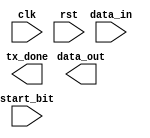
module uart_controller (
    input wire clk,
    input wire rst,
    input wire start_bit,
    input wire [7:0] data_in,
    output wire [7:0] data_out,
    output wire tx_done
);

// FIFO buffer for storing data packets
reg [7:0] fifo [0:7];
reg wr_ptr = 0;
reg rd_ptr = 0;

always @(posedge clk) begin
    if (rst) begin
        wr_ptr <= 0;
        rd_ptr <= 0;
    end else begin
        if (start_bit && wr_ptr !== rd_ptr + 1) begin
            fifo[wr_ptr] <= data_in;
            wr_ptr <= wr_ptr + 1;
        end
    end
end

// Baud rate generator for clock frequency
reg [11:0] baud_cnt = 0;

always @(posedge clk) begin
    if (rst) begin
        baud_cnt <= 0;
    end else begin
        if (baud_cnt === 12'd999) begin
            // Generate clock signal for data transmission
            // Implement code here
        end else begin
            baud_cnt <= baud_cnt + 1;
        end
    end
end

// Start and stop bit detection
reg start_detected = 0;
reg stop_detected = 0;

always @(posedge clk) begin
    if (rst) begin
        start_detected <= 0;
        stop_detected <= 0;
    end else begin
        if (start_bit && !start_detected) begin
            start_detected <= 1;
        end else if (!start_bit && start_detected) begin
            stop_detected <= 1;
        end
    end
end

// Error detection and correction mechanisms
// Implement code here

endmodule